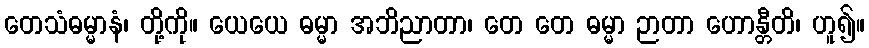
တေသံဓမ္မာနံ၊ တို့ကို။ ယေယေ ဓမ္မာ အဘိညာတာ၊ တေ တေ ဓမ္မာ ဉာတာ ဟောန္တီတိ၊ ဟူ၍။